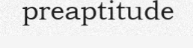
preaptitude